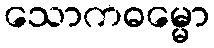
သောကဓမ္မော